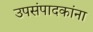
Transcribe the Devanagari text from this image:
उपसंपादकांना